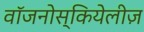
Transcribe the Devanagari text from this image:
वॉजनोस्कियेलीज़